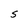
Character: S